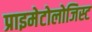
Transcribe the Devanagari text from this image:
प्राइमेटोलोजिस्ट